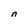
Character: n